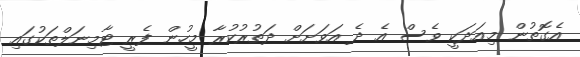
އެގޮތުން މިއަދަކީ ވެސް އެ ދެ އަވަށަށް ދަތުރުކުރާ މީހުން ފެރީ ޓާމިނަލްތަކުގައި